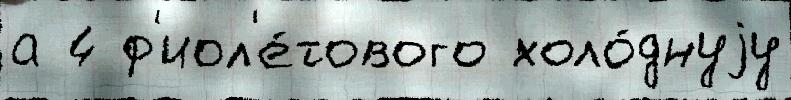
а 4 ф'иол'е́тового холо́днуjу